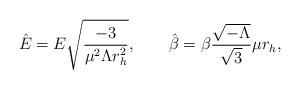
LaTeX: \begin{align*}{\hat {E}}=E{\sqrt {\frac {-3}{\mu ^{2}\Lambda r_{h}^{2}}}},\qquad{\hat {\beta }}=\beta \frac {{\sqrt {-\Lambda }}}{{\sqrt {3}}}\mu r_{h},\end{align*}